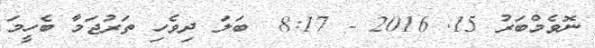
ނޮވެމްބަރު 15